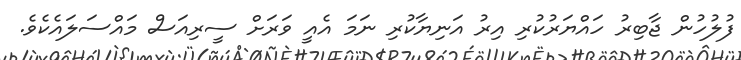
ފުލުހުން ޖާބިރު ހައްޔަރުކުރި އިރު އަނިޔާކުރި ނަމަ އެއީ ވަރަށް ސީރިއަސް މައްސަލައެކެވެ.